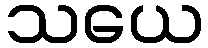
သယေ